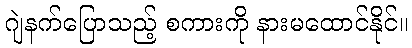
ဂျဲနက်ပြောသည့် စကားကို နားမထောင်နိုင်။